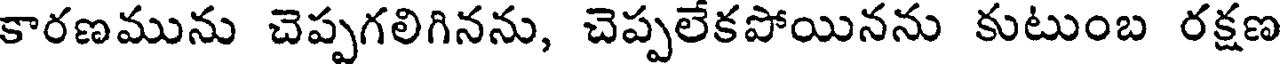
కారణమును చెప్పగలిగినను, చెప్పలేకపోయినను కుటుంబ రక్షణ